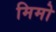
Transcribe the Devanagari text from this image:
मिमो